Scottish Leaving Certificate Examination, 1959
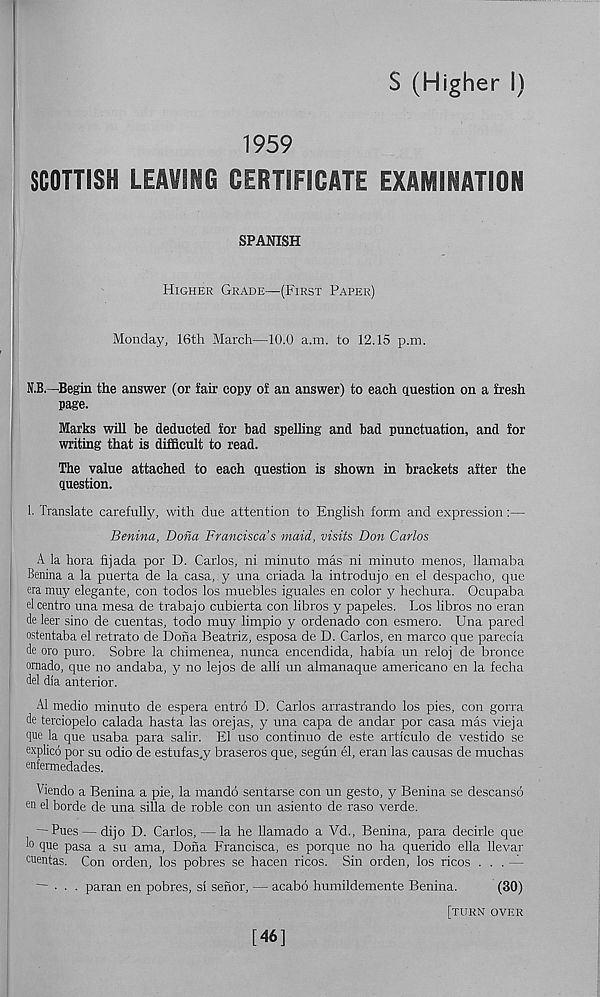
S (Higher I)
1959
SCOTTISH LEAVING CERTIFICATE EXAMINATION
SPANISH
Higher Grade—(First Paper)
Monday, 16th March—10.0 a.m. to 12.15 p.m.
N.B.—Begin the answer (or fair copy of an answer) to each question on a fresh
page.
Marks will be deducted for bad spelling and bad punctuation, and for
writing that is difficult to read.
The value attached to each question is shown in brackets after the
question.
1. Translate carefully, with due attention to English form and expression:—
Benina, Dona Francisca’s maid, visits Don Carlos
A la hora fijada por D. Carlos, ni minuto mas ni minuto menos, llamaba
Benina a la puerta de la casa, y una criada la introdujo en el despacho, que
era muy elegante, con todos los muebles iguales en color y hechura. Ocupaba
el centra una mesa de trabajo cubierta con libros y papeles. Los libros no eran
de leer sino de cuentas, todo muy limpio y ordenado con esmero. Una pared
ostentaba el retrato de Dona Beatrix, esposa de D. Carlos, en marco que parecia
de oro puro. Sobre la chimenea, nunca encendida, habia un reloj de bronce
omado, que no andaba, y no lejos de alii un almanaque americano en la fecha
del dia anterior.
A1 medio minuto de espera entro D. Carlos arrastrando los pies, con gorra
de terciopelo calada hasta las orejas, y una capa de andar por casa mas vieja
que la que usaba para salir. El uso continuo de este artlculo de vestido se
explico por su odio de estufas.y braseros que, segiin el, eran las causas de muchas
enfermedades.
Viendo a Benina a pie, la mando sentarse con un gesto, y Benina se descanso
en el horde de una silla de roble con un asiento de raso verde.
— Pues — dijo D. Carlos, — la he llamado a Vd., Benina, para decide que
lo que pasa a su ama, Dona Francisca, es porque no ha querido ella llevar
cuentas. Con orden, los pobres se hacen ricos. Sin orden, los ricos ... —
— ... paran en pobres, si senor, — acabo humildemente Benina.
(30)
[turn over
[46]